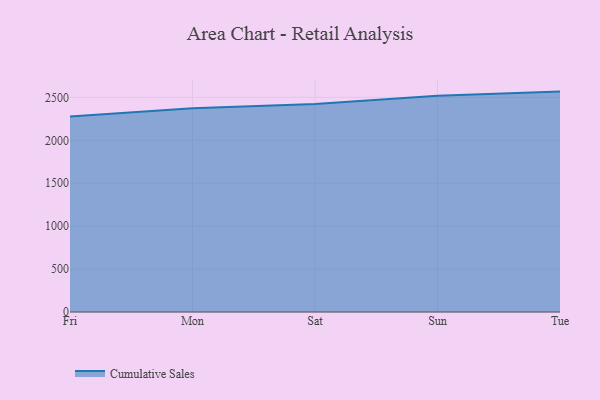
{"axis": {"x": "Day", "y": "Production Output"}, "legend": ["Cumulative Sales"], "data": [{"x": "Fri", "y": 2278.5, "type": "Cumulative Sales"}, {"x": "Mon", "y": 2374.3, "type": "Cumulative Sales"}, {"x": "Sat", "y": 2421.7, "type": "Cumulative Sales"}, {"x": "Sun", "y": 2519.5, "type": "Cumulative Sales"}, {"x": "Tue", "y": 2567.4, "type": "Cumulative Sales"}]}